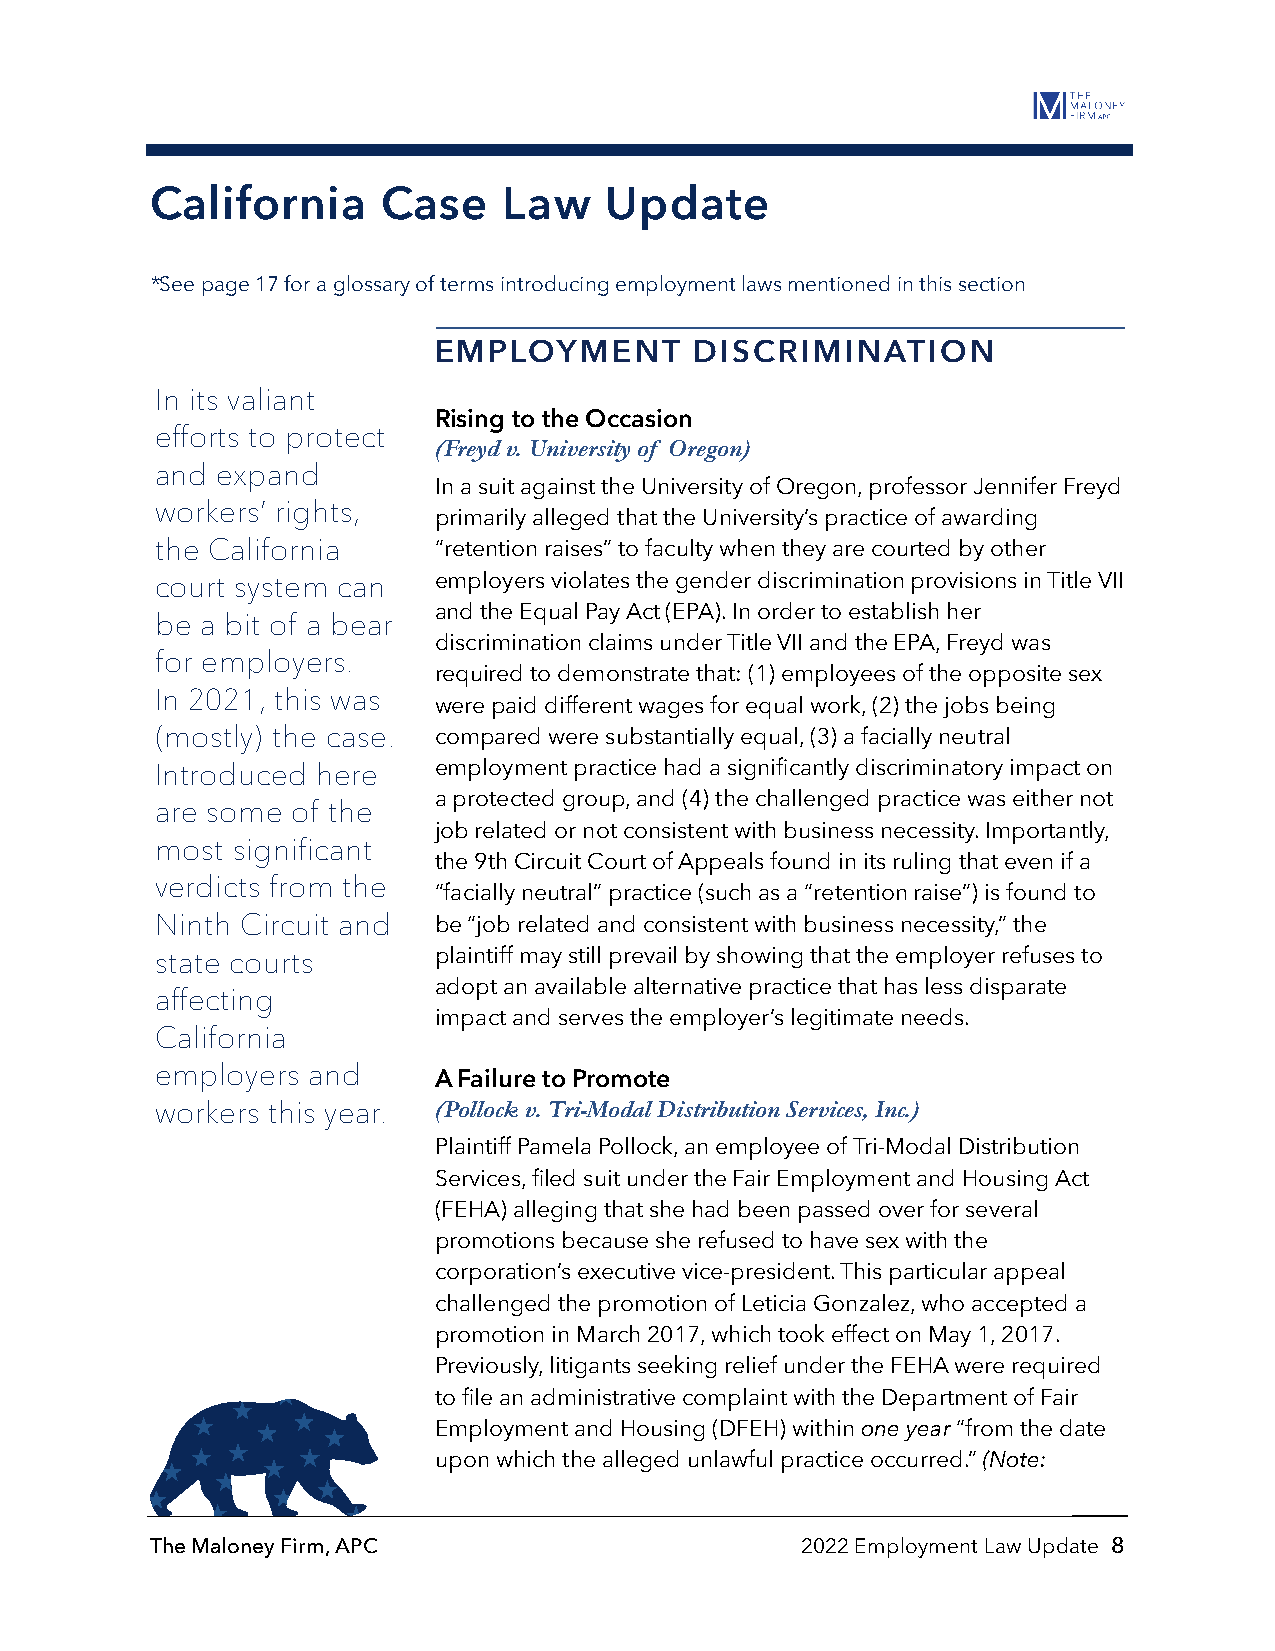
California     Ca  se  Law    Update
 *See page 17 for a glossary of terms introducing employment laws mentioned in this section
 EMPLOYMENT       DISCRIMINATION
 In its valiant
 Rising to the Occasion
 efforts to protect
 (Freyd v. University of Oregon)
 and expand
 In a suit against the University of Oregon, professor Jennifer Freyd
 workers’ rights,
 primarily alleged that the University’s practice of awarding
 the California     “retention raises” to faculty when they are courted by other
 court system can   employers violates the gender discrimination provisions in Title VII
 and the Equal Pay Act (EPA). In order to establish her
 be a bit of a bear
 discrimination claims under Title VII and the EPA, Freyd was
 for employers.
 required to demonstrate that: (1) employees of the opposite sex
 In 2021, this was
 were paid different wages for equal work, (2) the jobs being
 (mostly) the case. compared were substantially equal, (3) a facially neutral
 Introduced here    employment practice had a significantly discriminatory impact on
 a protected group, and (4) the challenged practice was either not
 are some of the
 job related or not consistent with business necessity. Importantly,
 most significant
 the 9th Circuit Court of Appeals found in its ruling that even if a
 verdicts from the
 “facially neutral” practice (such as a “retention raise”) is found to
 Ninth Circuit and  be “job related and consistent with business necessity,” the
 state courts       plaintiff may still prevail by showing that the employer refuses to
 adopt an available alternative practice that has less disparate
 affecting
 impact and serves the employer’s legitimate needs.
 California
 employers and      A Failure to Promote
 workers this year. (Pollock v. Tri-Modal Distribution Services, Inc.)
 Plaintiff Pamela Pollock, an employee of Tri-Modal Distribution
 Services, filed suit under the Fair Employment and Housing Act
 (FEHA) alleging that she had been passed over for several
 promotions because she refused to have sex with the
 corporation’s executive vice-president. This particular appeal
 challenged the promotion of Leticia Gonzalez, who accepted a
 promotion in March 2017, which took effect on May 1, 2017.
 Previously, litigants seeking relief under the FEHA were required
 to file an administrative complaint with the Department of Fair
 Employment and Housing (DFEH) within one year “from the date
 upon which the alleged unlawful practice occurred.” (Note:
 The Maloney Firm, APC                      2022 Employment Law Update 8